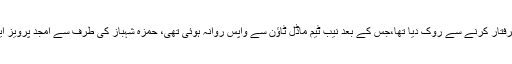
واضح رہے کہ گذشتہ روز لاہور ہائیکورٹ نے حمزہ شہباز کو 8 اپریل تک گرفتار کرنے سے روک دیا تھا،جس کے بعد نیب ٹیم ماڈل ٹاؤن سے واپس روانہ ہوئی تھی، حمزہ شہباز کی طرف سے امجد پرویز ایڈووکیٹ اور صدر لاہور ہائیکورٹ بار حفیظ الرحمن چودهری پیش ہوئے تھے۔